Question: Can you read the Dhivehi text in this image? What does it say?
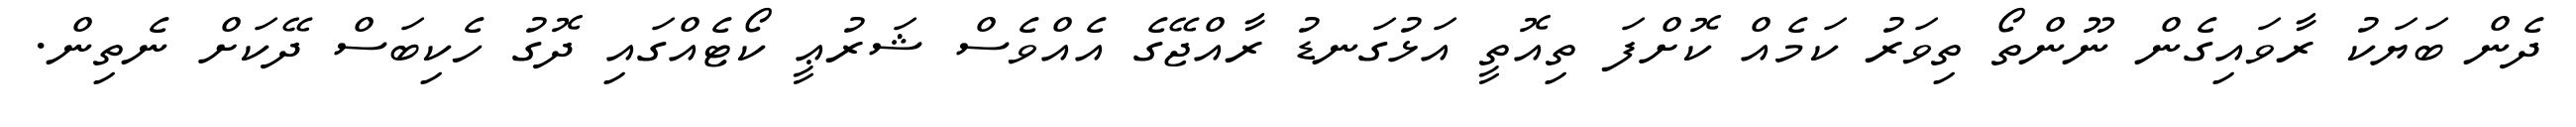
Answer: ދެން ބަޔަކު ރާވައިގެން ނޫންތޯ ތިވަރު ކަމެއް ކޮށްފަ ތިއޮތީ އަޅުގަނޑު ރާއްޖޭގެ އެއްވެސް ޝަރުޢީ ކޯޓެއްގައި ދޮގު ހެކިބަސް ދޭކަށް ނެތިން.